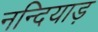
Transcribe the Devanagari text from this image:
नन्दियाड़